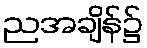
ညအချိန်၌